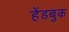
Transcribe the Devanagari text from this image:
हेंडबुक